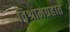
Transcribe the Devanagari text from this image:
विश्रामग्रहात